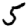
Digit: 5